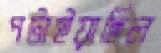
পটাইয়াছিল